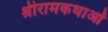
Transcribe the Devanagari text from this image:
श्रीरामकथाओं